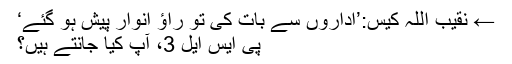
← نقیب اللہ کیس:’اداروں سے بات کی تو راؤ انوار پیش ہو گئے‘
پی ایس ایل 3، آپ کیا جانتے ہیں؟